Annual statistical returns and brief notes on vaccination in Bengal - 1909-1929
Year: 1909
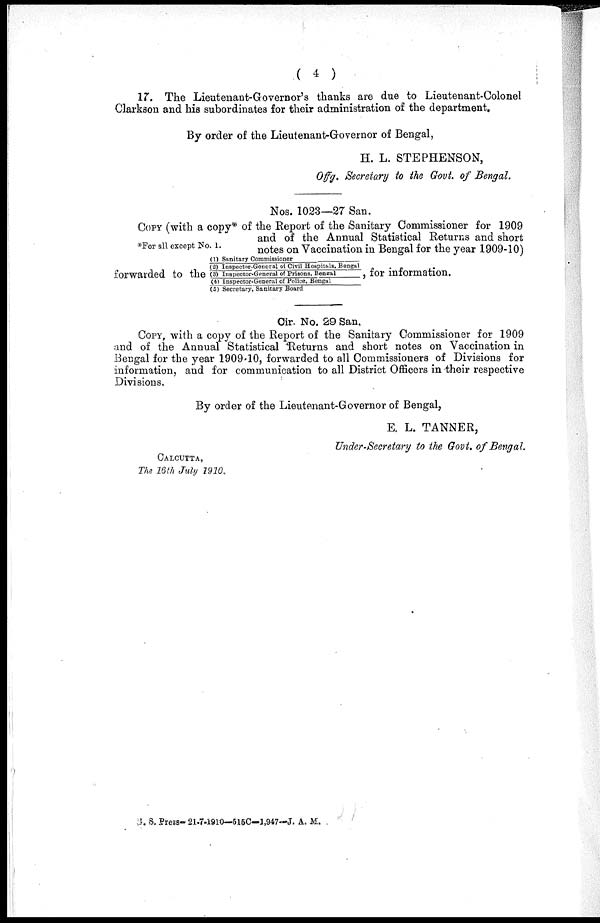
( 4 )
17. The Lieutenant-Governor's thanks are due to Lieutenant Colonel
Clarkson and his subordinates for their administration of the department.
By order of the Lieutenant-Governor of Bengal,
H. L. STEPHENSON,
Offg. Secretary to the Govt. of Bengal.
Nos. 1023—27 San.
*For all except No. 1.
COPY (with a copy* of the Report of the Sanitary Commissioner for 1909
and of the Annual Statistical Returns and short
notes on Vaccination in Bengal for the year 1909-10)
forwarded to the
(1) Sanitary Commissioner
(2) Inspector-General of Civil Hospitals. Bengal
(3) Inspector-General of Prisons, Beneal
, for information.
(4) Inspector-General of Police, Bengal
(5) Secretary, Sanitary Board
Cir. No. 29 San.
COPY, with a copy of the Report of the Sanitary Commissioner for 1909
and of the Annual Statistical Returns and short notes on Vaccination in
Bengal for the year 1909-10, forwarded to all Commissioners of Divisions for
information, and for communication to all District Officers in their respective
Divisions.
By order of the Lieutenant-Governor of Bengal,
E. L. TANNER,
Under-Secretary to the Govt. of Bengal.
CALCUTTA,
The 16th July 1910.
B. S. Press-21-7-1910—515C—1,947—J. A. M.